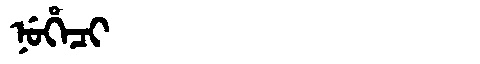
Manchu: ᠨᡠᡥᡝᠴᡳ
Romanization: NUHECI